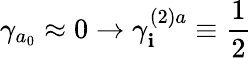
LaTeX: \gamma_{a_{0}}\approx0\rightarrow\gamma_{\mathbf{i}}^{(2)a}\equiv\frac{{1}}{{2}}